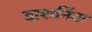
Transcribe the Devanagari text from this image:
दाशर्निक